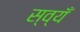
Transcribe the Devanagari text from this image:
स्व्यँ